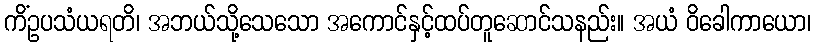
ကိံဥပသံယရတိ၊ အဘယ်သို့သေသော အကောင်နှင့်ထပ်တူဆောင်သနည်း။ အယံ ဝိခေါကာယော၊